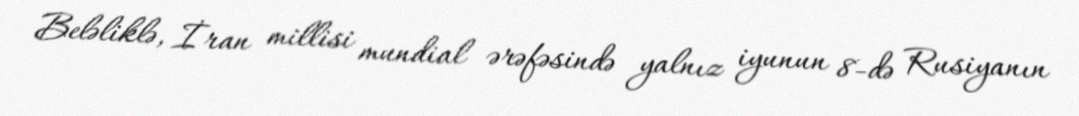
Beləliklə, İran millisi mundial ərəfəsində yalnız iyunun 8-də Rusiyanın